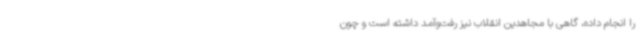
را انجام داده، گاهی با مجاهدین انقلاب نیز رفت‌وآمد داشته است و چون